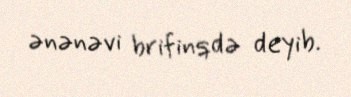
ənənəvi brifinqdə deyib.